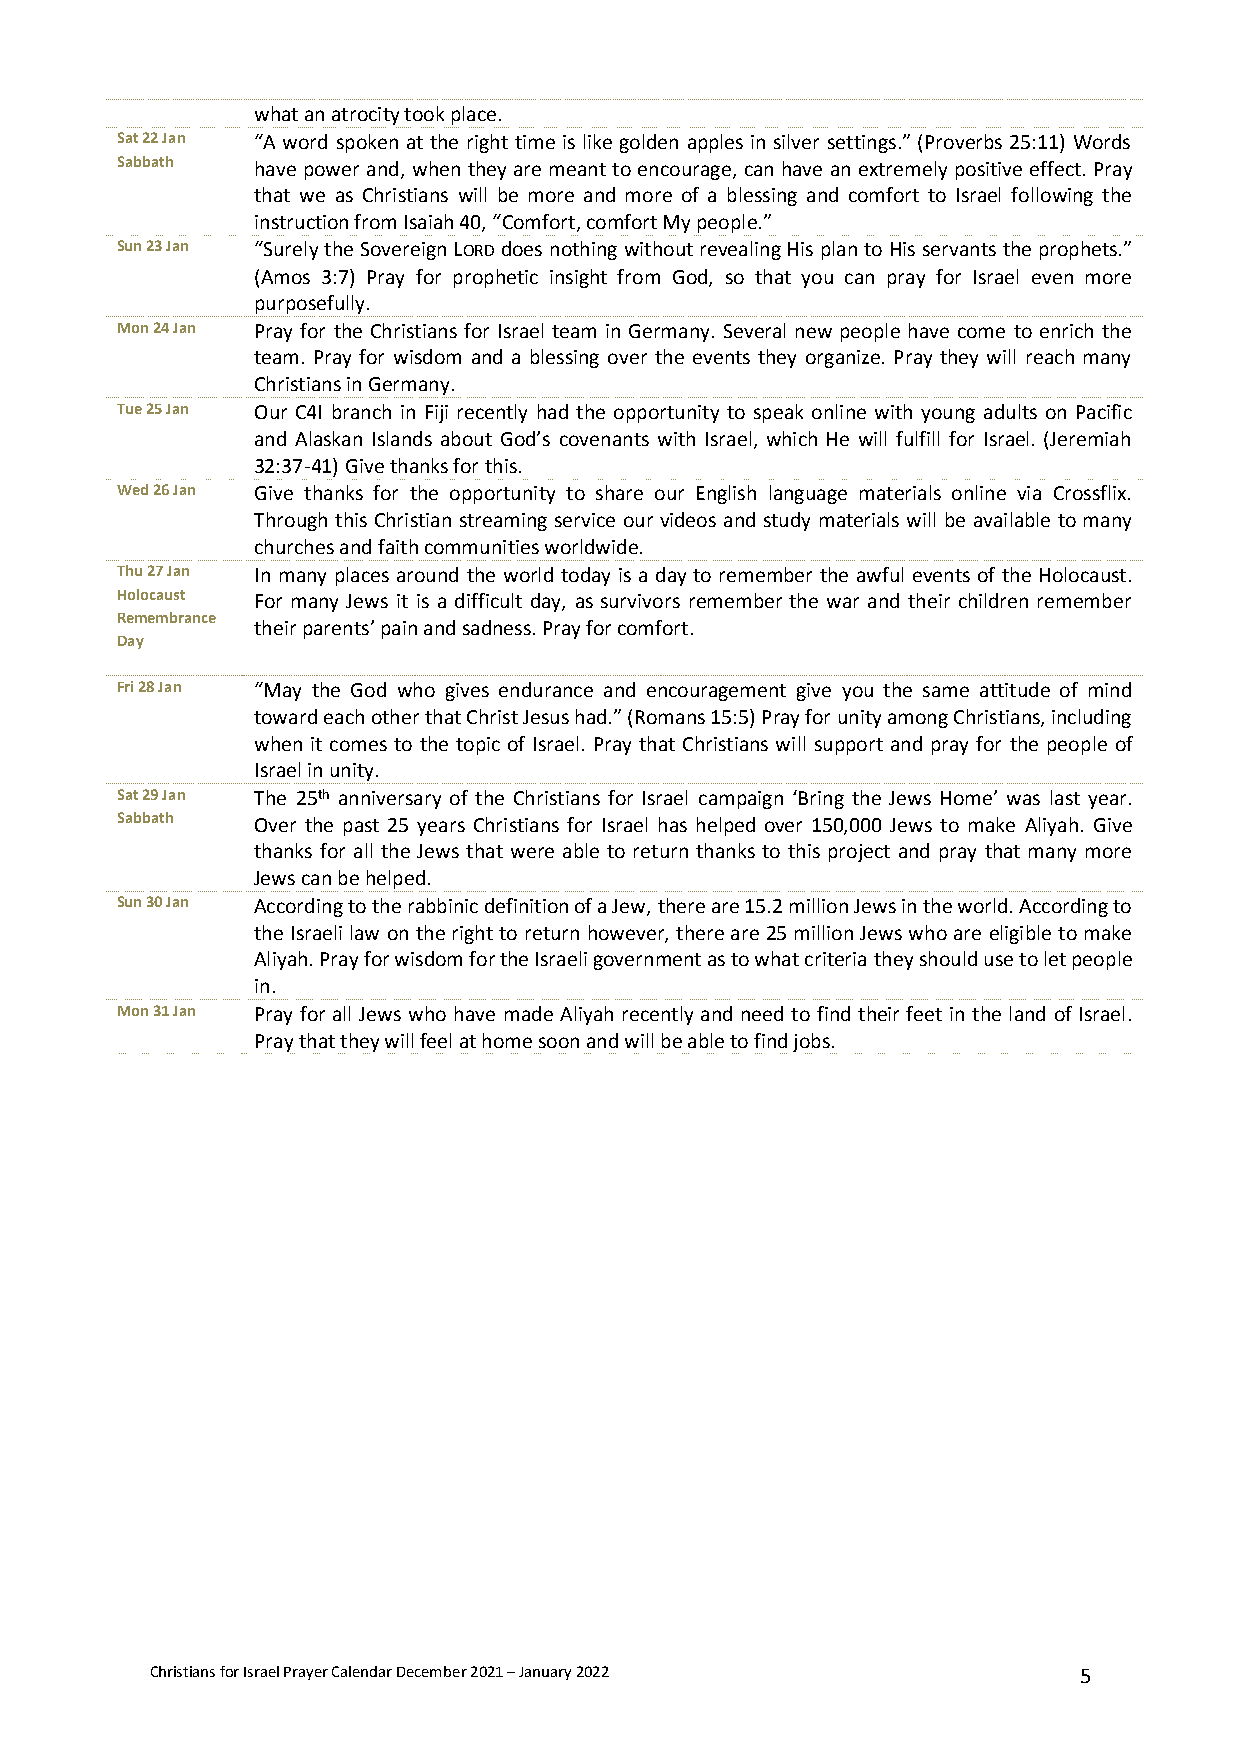
what an atrocity took place.
 Sat 22 Jan “A word spoken at the right time is like golden apples in silver settings.” (Proverbs 25:11) Words
 Sabbath  have power and, when they are meant to encourage, can have an extremely positive effect. Pray
 that we as Christians will be more and more of a blessing and comfort to Israel following the
 instruction from Isaiah 40, “Comfort, comfort My people.”
 Sun 23 Jan “Surely the Sovereign LORD does nothing without revealing His plan to His servants the prophets.”
 (Amos 3:7) Pray for prophetic insight from God, so that you can pray for Israel even more
 purposefully.
 Mon 24 Jan Pray for the Christians for Israel team in Germany. Several new people have come to enrich the
 team. Pray for wisdom and a blessing over the events they organize. Pray they will reach many
 Christians in Germany.
 Tue 25 Jan Our C4I branch in Fiji recently had the opportunity to speak online with young adults on Pacific
 and Alaskan Islands about God’s covenants with Israel, which He will fulfill for Israel. (Jeremiah
 32:37-41) Give thanks for this.
 Wed 26 Jan Give thanks for the opportunity to share our English language materials online via Crossflix.
 Through this Christian streaming service our videos and study materials will be available to many
 churches and faith communities worldwide.
 Thu 27 Jan In many places around the world today is a day to remember the awful events of the Holocaust.
 Holocaust For many Jews it is a difficult day, as survivors remember the war and their children remember
 Remembrance
 their parents’ pain and sadness. Pray for comfort.
 Day
 Fri 28 Jan “May the God who gives endurance and encouragement give you the same attitude of mind
 toward each other that Christ Jesus had.” (Romans 15:5) Pray for unity among Christians, including
 when it comes to the topic of Israel. Pray that Christians will support and pray for the people of
 Israel in unity.
 Sat 29 Jan The 25th anniversary of the Christians for Israel campaign ‘Bring the Jews Home’ was last year.
 Sabbath  Over the past 25 years Christians for Israel has helped over 150,000 Jews to make Aliyah. Give
 thanks for all the Jews that were able to return thanks to this project and pray that many more
 Jews can be helped.
 Sun 30 Jan According to the rabbinic definition of a Jew, there are 15.2 million Jews in the world. According to
 the Israeli law on the right to return however, there are 25 million Jews who are eligible to make
 Aliyah. Pray for wisdom for the Israeli government as to what criteria they should use to let people
 in.
 Mon 31 Jan Pray for all Jews who have made Aliyah recently and need to find their feet in the land of Israel.
 Pray that they will feel at home soon and will be able to find jobs.
 Christians for Israel Prayer Calendar December 2021 – January 2022 5